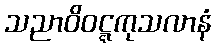
သညာဝိဝဋ္ဋကုသလာနံ